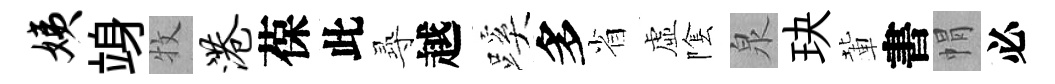
姨竧牧港葆此𡬶越蹊多省虛隂泉玦輩書㡌必